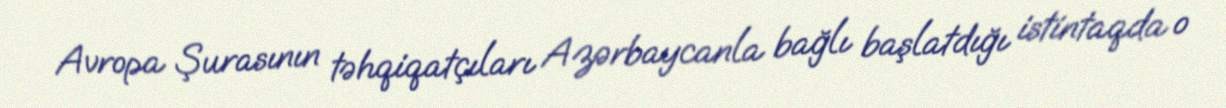
Avropa Şurasının təhqiqatçıları Azərbaycanla bağlı başlatdığı istintaqda o